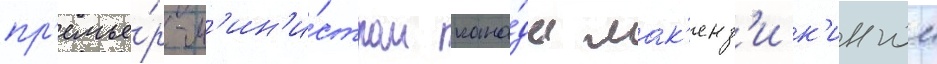
пр'емье́р-м'ин'и́стром кана́ды мак'енз'и к'ингом